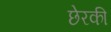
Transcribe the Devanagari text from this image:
छेरकी